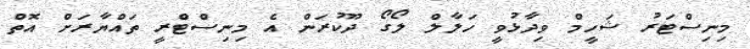
މިނިސްޓަރު ޝަހީމް ވިދާޅުވީ ހަލާލް ލޯގޯ ދޫކުރަން އެ މިނިސްޓްރީ ތައްޔާރަށް އޮތް